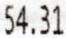
54.31